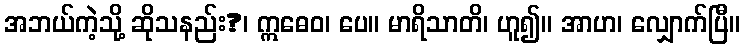
အဘယ်ကဲ့သို့ ဆိုသနည်း?၊ ဣဓေဝ၊ ပေ။ မာရိသာတိ၊ ဟူ၍။ အာဟ၊ လျှောက်ပြီ။